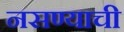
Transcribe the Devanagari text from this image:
नसण्याची